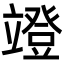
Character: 竳